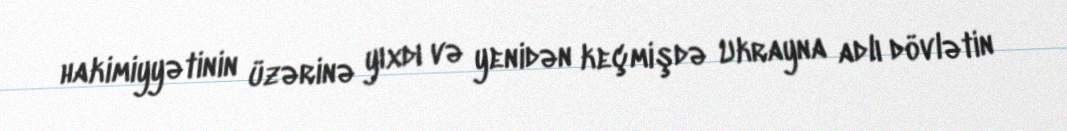
hakimiyyətinin üzərinə yıxdı və yenidən keçmişdə Ukrayna adlı dövlətin